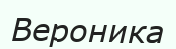
Вероника